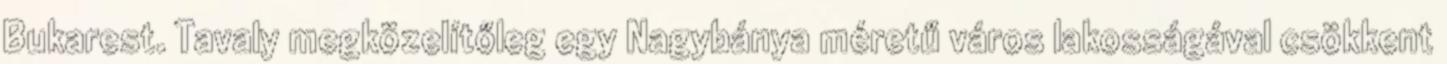
Bukarest. Tavaly megközelítőleg egy Nagybánya méretű város lakosságával csökkent